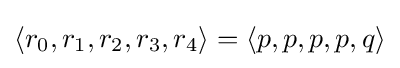
\langle r_{0},r_{1},r_{2},r_{3},r_{4}\rangle =\langle p,p,p,p,q\rangle